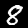
Label: 8